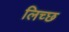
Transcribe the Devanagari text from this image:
लिच्छ